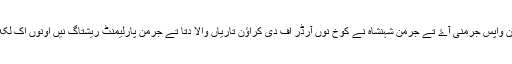
اے لوک جدون واپس جرمنی آۓ تے جرمن شہنشاہ نے کوخ نوں آرڈر اف دی کراؤن تاریاں والا دتا تے جرمن پارلیمنٹ ریشتاگ نیں اونوں اک لکھ مارک دتے۔